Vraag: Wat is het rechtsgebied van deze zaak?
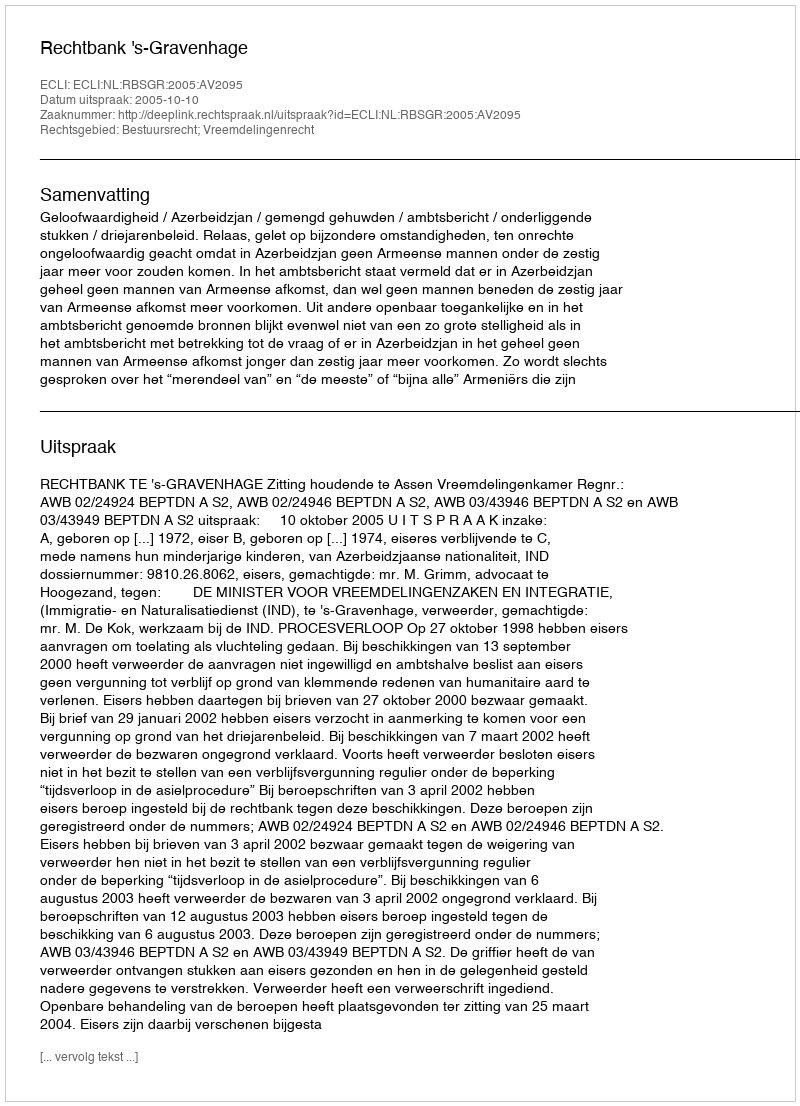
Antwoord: Bestuursrecht; Vreemdelingenrecht